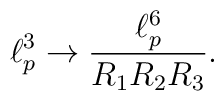
\ell_p^3 \rightarrow \frac{\ell_p^6}{R_1 R_2 R_3}.